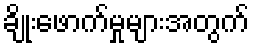
ချိုးဖောက်မှုများအတွက်